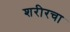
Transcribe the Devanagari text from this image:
शरीरचा